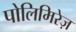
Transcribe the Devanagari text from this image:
पोलिमिरेज़